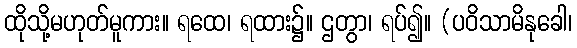
ထိုသို့မဟုတ်မူကား။ ရထေ၊ ရထား၌။ ဌတွာ၊ ရပ်၍။ (ပဝိသာမိနုခေါ၊